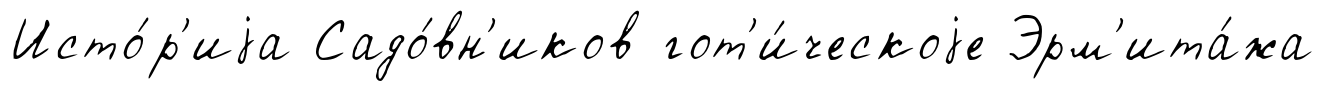
Исто́р'иjа Садо́вн'иков гот'и́ческоjе Эрм'ита́жа